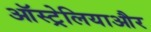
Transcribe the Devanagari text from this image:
ऑस्ट्रेलियाऔर